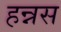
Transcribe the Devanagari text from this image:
हन्नस